Dysentery in Hazaribagh Central Jail - Number 52
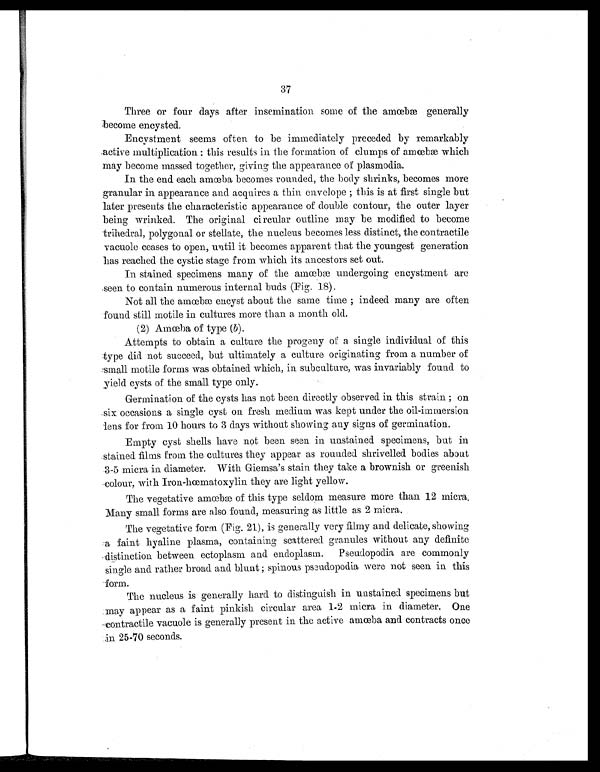
37
Three or four days after insemination some of the amœbæ generally
become encysted.
Encystment seems often to be immediately preceded by remarkably
active multiplication : this results in the formation of clumps of amœbæ which
may become massed together, giving the appearance of plasmodia.
In the end each amœba becomes rounded, the body shrinks, becomes more
granular in appearance and acquires a thin envelope ; this is at first single but
later presents the characteristic appearance of double contour, the outer layer
being wrinked. The original circular outline may be modified to become
trihedral polygonal or stellate, the nucleus becomes less distinct, the contractile
vacuole ceases to open, until it becomes apparent that the youngest generation
has reached the cystic stage from which its ancestors set out.
In stained specimens many of the amœbæ undergoing encystment are
seen to contain numerous internal buds (Fig. 18)
Not all the amœbæ encyst about the same time ; indeed many are often
found still motile in cultures more than a month old.
(2) Amœbaof type (b) .
Attempts to obtain a culture the progeny of a single individual of this
type did not succeed, but ultimately a culture originating from a number of
small motile forms was obtained which, in subculture, was invariably found to
yield cysts of the small type only.
Germination of the cysts has not been directly observed in this strain ; on
six occasions a single cyst on fresh medium was kept under the oil-immersion
lens for from 10 hours to 3 days without showing any signs of germination.
Empty cyst shells have not been seen in unstained specimens, but in
stained films from the cultures they appear as rounded shrivelled bodies about
3-5 micra in diameter. With Giemsa's stain they take a brownish or greenish
-colour, with Iron-hœmatoxylin they are light yellow.
The vegetative amœbæ of this type seldom measure more than 12 micra.
Many small forms are also found, measuring as little as 2 micra.
The vegetative form (Fig. 21), is generally very filmy and delicate, showing
a faint hyaline plasma, containing scattered granules without any definite
distinction between ectoplasm and endoplasm. Pseudopodia are commonly
single and rather broad and blunt ; spinous pseudopodia were not seen in this
form.
The nucleus is generally hard to distinguish in unstained specimens but
may appear as a faint pinkish circular area 1-2 micra in diameter. One
contractile vacuole is generally present in the active amœba and contracts once
in 25-70 seconds.